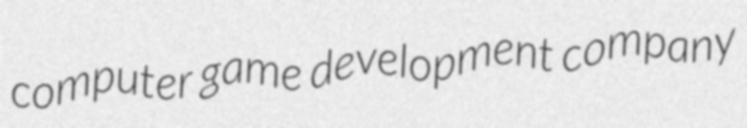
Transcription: computer game development company